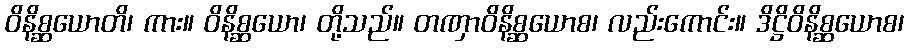
ဝိနိစ္ဆယောတိ၊ ကား။ ဝိနိစ္ဆယော၊ တို့သည်။ တဏှာဝိနိစ္ဆယောစ၊ လည်းကောင်း။ ဒိဋ္ဌိဝိနိစ္ဆယောစ၊